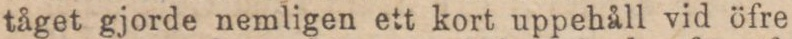
tåget gjorde nemligen ett kort uppehåll vid öfre